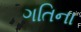
ગતિના